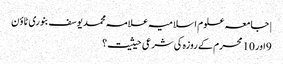
| جامعہ علوم اسلامیہ علامہ محمد یوسف بنوری ٹاؤن
9اور 10 محرم کے روزہ کی شرعی حیثیت؟